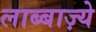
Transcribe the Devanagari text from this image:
लाब्बाज़्ये